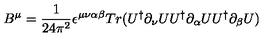
B ^ { \mu } = \frac { 1 } { 2 4 \pi ^ { 2 } } \epsilon ^ { \mu \nu \alpha \beta } T r ( U ^ { \dagger } \partial _ { \nu } U U ^ { \dagger } \partial _ { \alpha } U U ^ { \dagger } \partial _ { \beta } U )